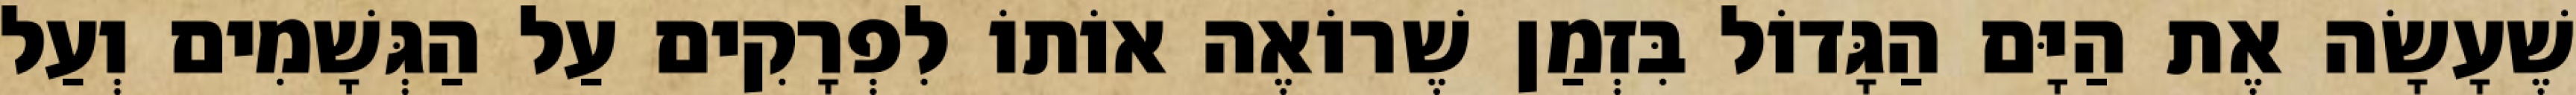
שֶׁעָשָׂה אֶת הַיָּם הַגָּדוֹל בִּזְמַן שֶׁרוֹאֶה אוֹתוֹ לִפְרָקִים עַל הַגְּשָׁמִים וְעַל